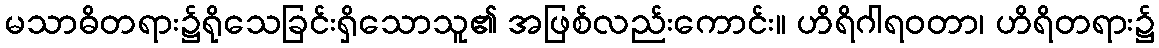
မသာဓိတရား၌ရိုသေခြင်းရှိသောသူ၏ အဖြစ်လည်းကောင်း။ ဟိရိဂါရဝတာ၊ ဟိရိတရား၌